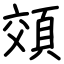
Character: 頝